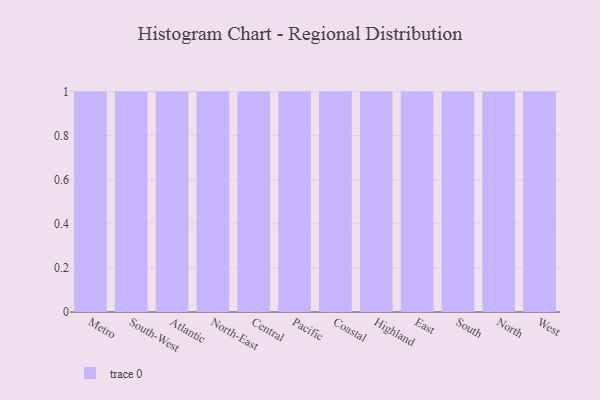
{"axis": {"x": "Region", "y": "Backlog"}, "legend": [""], "data": [{"x": "Metro", "y": 75, "type": ""}, {"x": "South-West", "y": 81, "type": ""}, {"x": "Atlantic", "y": 99, "type": ""}, {"x": "North-East", "y": 16, "type": ""}, {"x": "Central", "y": 36, "type": ""}, {"x": "Pacific", "y": 8, "type": ""}, {"x": "Coastal", "y": 40, "type": ""}, {"x": "Highland", "y": 64, "type": ""}, {"x": "East", "y": 37, "type": ""}, {"x": "South", "y": 3, "type": ""}, {"x": "North", "y": 27, "type": ""}, {"x": "West", "y": 32, "type": ""}]}